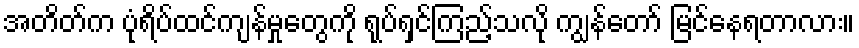
အတိတ်က ပုံရိပ်ထင်ကျန်မှုတွေကို ရုပ်ရှင်ကြည့်သလို ကျွန်တော် မြင်နေရတာလား။